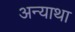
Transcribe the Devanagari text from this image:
अन्याथा